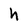
Character: h